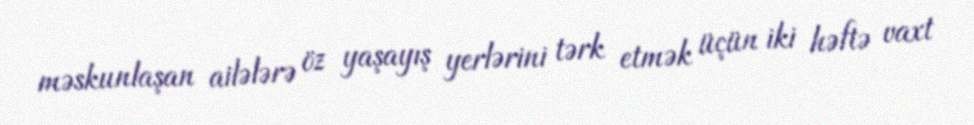
məskunlaşan ailələrə öz yaşayış yerlərini tərk etmək üçün iki həftə vaxt